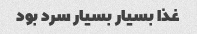
غذا بسیار بسیار سرد بود